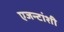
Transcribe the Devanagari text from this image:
एजन्टांशी